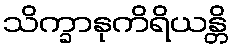
သိက္ခာနုကိရိယန္တိ